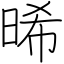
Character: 晞